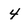
Character: 4